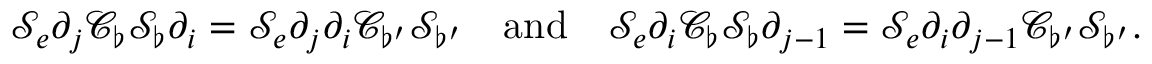
\mathcal { S } _ { e } \partial _ { j } \mathcal { C } _ { \flat } \mathcal { S } _ { \flat } \partial _ { i } = \mathcal { S } _ { e } \partial _ { j } \partial _ { i } \mathcal { C } _ { \flat ^ { \prime } } \mathcal { S } _ { \flat ^ { \prime } } \quad \mathrm { a n d } \quad \mathcal { S } _ { e } \partial _ { i } \mathcal { C } _ { \flat } \mathcal { S } _ { \flat } \partial _ { j - 1 } = \mathcal { S } _ { e } \partial _ { i } \partial _ { j - 1 } \mathcal { C } _ { \flat ^ { \prime } } \mathcal { S } _ { \flat ^ { \prime } } .